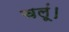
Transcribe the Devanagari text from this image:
चलूं।